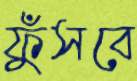
ফুঁসবে